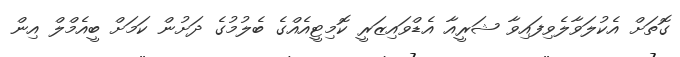
ގޮތަށް އެކުލަވާލެވިފައިވާ ޝަރީއާ އެޑްވައިޒަރީ ކޮމިޓީއެއްގެ ބެލުމުގެ ދަށުން ކަމަށް ބީއެމްލް އިން